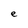
Character: e